Civil Veterinary Department Bihar & Orissa reports 1922-29 - 1922-1929
Year: 1922
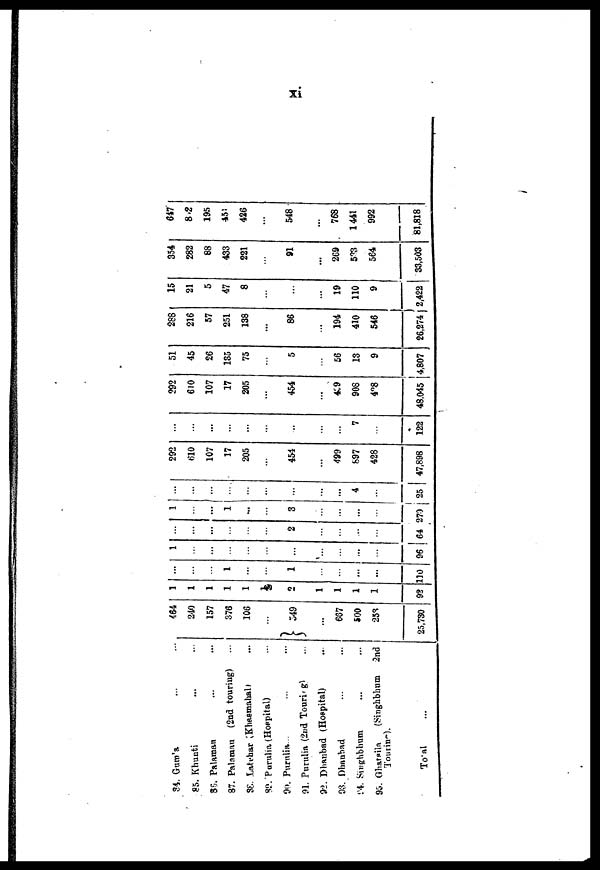
xi
84. Gum'a ... ...
85. Khunti ... ...
S5. Palamau ... ...
87. Palamau (2nd touring) ...
88. Latehar Khasmahali ... ...
39. Purulia (Hospital) ... ...
90. Purulia... ... ...
91. Purulia (2nd Touring) ...
92. Dhanbad (Hospital) ...
93. Dhanbad ... ...
94. Singhbhum ... ...
95. Gharsila
(Siughbhum 2nd
Touring).
Total ...
464
240
157
376
106
...
549
667
500
253
25,730
1
1
1
1
1
1
2
1
1
1
1
92
...
...
...
1
...
...
1
...
...
...
...
110
1
...
...
...
...
...
...
...
...
...
...
96
...
...
...
...
...
...
2
...
...
...
...
64
1
...
...
1
...
...
3
...
...
...
...
270
...
...
...
...
...
...
...
...
...
4
...
25
292
610
107
17
205
...
454
...
499
897
428
47,898
...
...
...
...
...
...
...
...
...
7
...
122
292
610
107
17
205
...
454
...
449
908
428
48,045
51
45
26
135
75
...
5
...
56
13
9
4,807
288
216
57
251
138
...
86
...
194
410
546
26,274
15
21
5
47
8
...
...
...
19
110
9
2,422
354
282
88
433
221
...
91
...
269
533
564
33,503
647
8,2
195
451
426
...
548
...
768
1,441
992
81,818